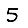
Digit: 5